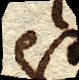
est,